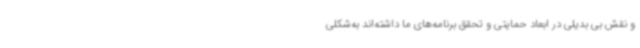
و نقش بی بدیلی در ابعاد حمایتی و تحقق برنامه‌های ما داشته‌اند به‌شکلی